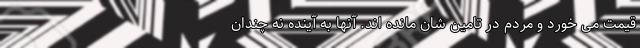
قیمت می خورد و مردم در تامین شان مانده اند. آنها به آینده نه چندان